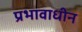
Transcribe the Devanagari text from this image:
प्रभावाधीन